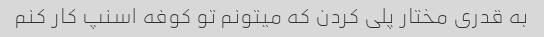
به قدری مختار پلی کردن که میتونم تو کوفه اسنپ کار کنم